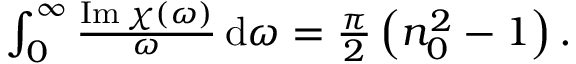
\begin{array} { r } { \int _ { 0 } ^ { \infty } \frac { \operatorname { I m } \chi ( \omega ) } { \omega } \, \mathrm { d } \omega = \frac { \pi } { 2 } \left( n _ { 0 } ^ { 2 } - 1 \right) . } \end{array}